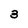
Character: 3